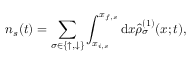
n _ { s } ( t ) = \sum _ { \sigma \in \{ \uparrow , \downarrow \} } \int _ { x _ { i , s } } ^ { x _ { f , s } } \mathrm { d } x \hat { \rho } _ { \sigma } ^ { ( 1 ) } ( x ; t ) ,